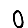
Digit: 0